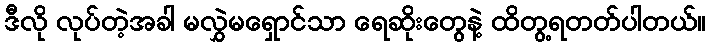
ဒီလို လုပ်တဲ့အခါ မလွှဲမရှောင်သာ ရေဆိုးတွေနဲ့ ထိတွ့ရတတ်ပါတယ်။